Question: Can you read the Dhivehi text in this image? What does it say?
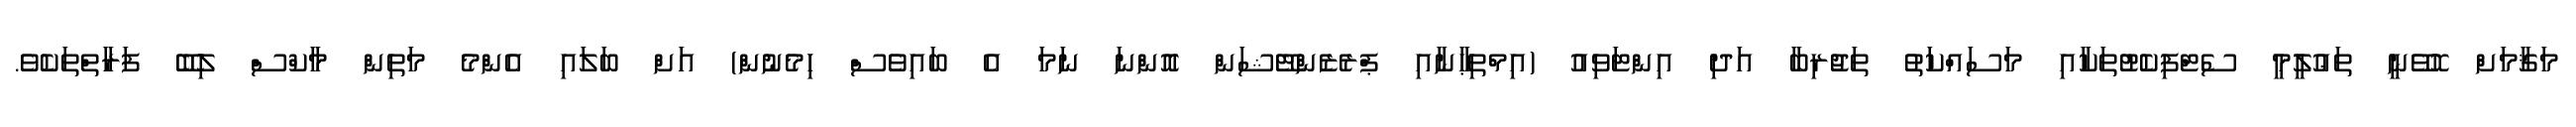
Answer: މަޤާމަށް ހޮވޭނީ ތަޢުލީމީ ސެޓްފިކެޓުތަކާއި މަސައްކަތު ތަޖުރިބާ އަދި އިންޓަވިއު (އިމްތިޙާނާއި ޕްރެޒެންޓޭޝަން އޮންނަ ނަމަ އެ ބައިވެސް ހިމެނުން) އަށް ބަލައި އެންމެ މަތިން މާކްސް ލިބޭ ފަރާތްތަކެވެ.